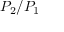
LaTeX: P _ { 2 } / P _ { 1 }